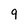
Character: 9